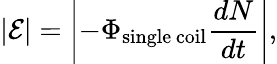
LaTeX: |\mathcal E|=\left|-\Phi_{\mathrm{single\, coil}}\frac{dN}{dt}\right|,